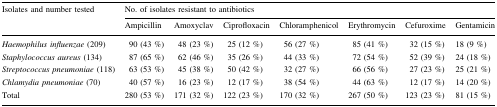
<table><thead><tr><td rowspan="2"><b>Isolates and number tested</b></td><td colspan="7"><b>No. of isolates resistant to antibiotics</b></td></tr><tr><td><b>Ampicillin</b></td><td><b>Amoxyclav</b></td><td><b>Ciprofloxacin</b></td><td><b>Chloramphenicol</b></td><td><b>Erythromycin</b></td><td><b>Cefuroxime</b></td><td><b>Gentamicin</b></td></tr></thead><tbody><tr><td><i>Haemophilus influenzae</i> (209)</td><td>90 (43 %)</td><td>48 (23 %)</td><td>25 (12 %)</td><td>56 (27 %)</td><td>85 (41 %)</td><td>32 (15 %)</td><td>18 (9 %)</td></tr><tr><td><i>Staphylococcus aureus</i> (134)</td><td>87 (65 %)</td><td>62 (46 %)</td><td>35 (26 %)</td><td>44 (33 %)</td><td>72 (54 %)</td><td>52 (39 %)</td><td>24 (18 %)</td></tr><tr><td><i>Streptococcus pneumoniae</i> (118)</td><td>63 (53 %)</td><td>45 (38 %)</td><td>50 (42 %)</td><td>32 (27 %)</td><td>66 (56 %)</td><td>27 (23 %)</td><td>25 (21 %)</td></tr><tr><td><i>Chlamydia pneumoniae</i> (70)</td><td>40 (57 %)</td><td>16 (23 %)</td><td>12 (17 %)</td><td>38 (54 %)</td><td>44 (63 %)</td><td>12 (17 %)</td><td>14 (20 %)</td></tr><tr><td>Total</td><td>280 (53 %)</td><td>171 (32 %)</td><td>122 (23 %)</td><td>170 (32 %)</td><td>267 (50 %)</td><td>123 (23 %)</td><td>81 (15 %)</td></tr></tbody></table>